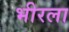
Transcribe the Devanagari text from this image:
भीरला